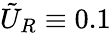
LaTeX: \tilde{U}_{R}\equiv 0.1